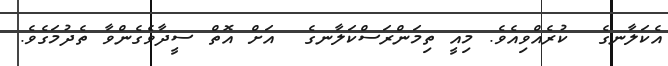
އެކަލާނގެ  ކުރެއްވިއެވެ. މިއީ ތިމަންރަސްކަލާނގެ  އަށް އޮތް ސީދާވެގެންވާ ތެދުމަގެވެ.